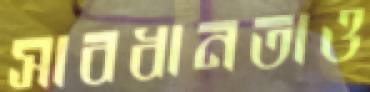
সাবধানতাও